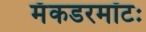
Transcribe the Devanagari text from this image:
मॅकडरमॉटः